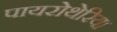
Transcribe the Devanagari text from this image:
पायरोथेरिया